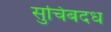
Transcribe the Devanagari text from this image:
सुचिबदध